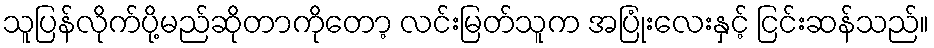
သူပြန်လိုက်ပို့မည်ဆိုတာကိုတော့ လင်းမြတ်သူက အပြုံးလေးနှင့် ငြင်းဆန်သည်။